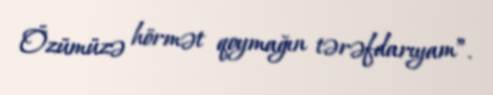
Özümüzə hörmət qoymağın tərəfdarıyam”.